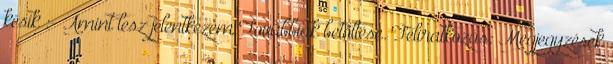
késik :- Amint lesz jelentkezem Továbbiak betöltése. Feliratkozás: Megjegyzések